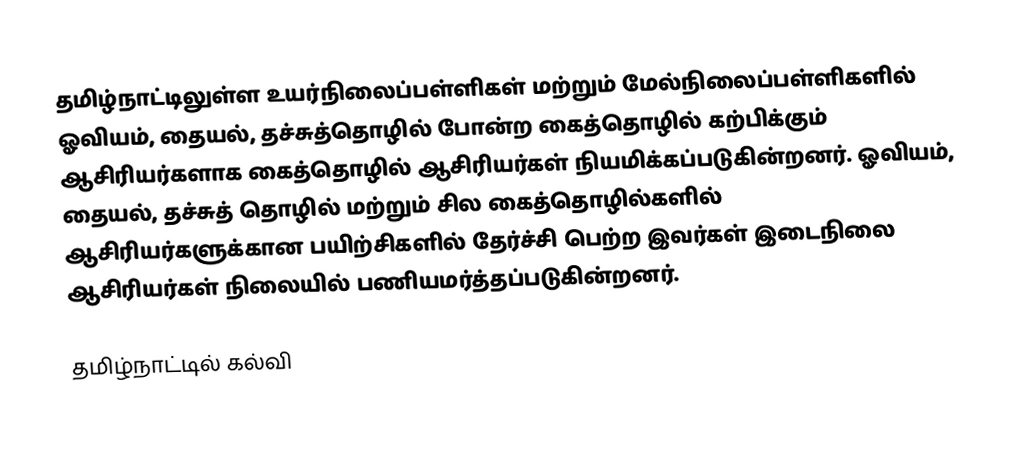
தமிழ்நாட்டிலுள்ள உயர்நிலைப்பள்ளிகள் மற்றும் மேல்நிலைப்பள்ளிகளில் ஓவியம், தையல், தச்சுத்தொழில் போன்ற கைத்தொழில் கற்பிக்கும் ஆசிரியர்களாக கைத்தொழில் ஆசிரியர்கள் நியமிக்கப்படுகின்றனர். ஓவியம், தையல், தச்சுத் தொழில் மற்றும் சில கைத்தொழில்களில் ஆசிரியர்களுக்கான பயிற்சிகளில் தேர்ச்சி பெற்ற இவர்கள் இடைநிலை ஆசிரியர்கள் நிலையில் பணியமர்த்தப்படுகின்றனர்.

தமிழ்நாட்டில் கல்வி